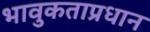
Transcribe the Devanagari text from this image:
भावुकताप्रधान